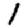
Digit: 1